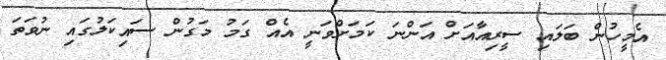
އެމީހުން ބަލައި ސީރިއާއަށް އަންނަ ކަމަށްވަނީ އެއް ގަމު މަގުން ސައިކަލުގައި ނުވަތަ